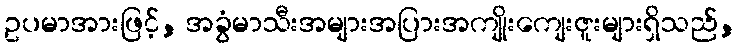
ဥပမာအားဖြင့်, အခွံမာသီးအများအပြားအကျိုးကျေးဇူးများရှိသည်,